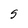
Character: S